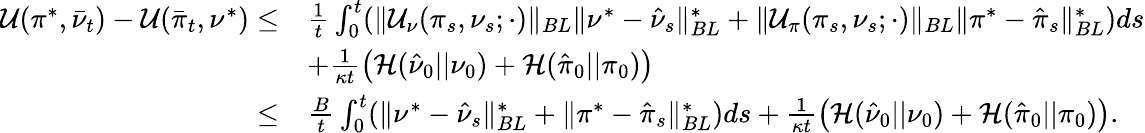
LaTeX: \begin{array}{rl}{\mathcal{U}(\pi^{*},\bar{\nu}_{t})-\mathcal{U}(\bar{\pi}_{t},\nu^{*})\leq}&{\frac 1t\int_{0}^{t}(\| \mathcal{U}_{\nu}(\pi_{s},\nu_{s};\cdot)\| _{BL}\| \nu^{*}-\hat{\nu}_{s}\| _{BL}^{*}+\| \mathcal{U}_{\pi}(\pi_{s},\nu_{s};\cdot)\| _{BL}\| \pi^{*}-\hat{\pi}_{s}\| _{BL}^{*})ds}\\ &{+\frac{1}{\kappa t}\left(\mathcal H(\hat{\nu}_{0}||\nu_{0})+\mathcal H(\hat{\pi}_{0}||\pi_{0})\right)}\\ {\leq}&{\frac Bt\int_{0}^{t}(\| \nu^{*}-\hat{\nu}_{s}\| _{BL}^{*}+\| \pi^{*}-\hat{\pi}_{s}\| _{BL}^{*})ds+\frac{1}{\kappa t}\left(\mathcal H(\hat{\nu}_{0}||\nu_{0})+\mathcal H(\hat{\pi}_{0}||\pi_{0})\right).}\end{array}